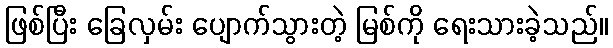
ဖြစ်ပြီး ခြေလှမ်း ပျောက်သွားတဲ့ မြစ်ကို ရေးသားခဲ့သည်။